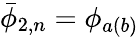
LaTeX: \bar{\phi}_{2,n}=\phi_{a(b)}